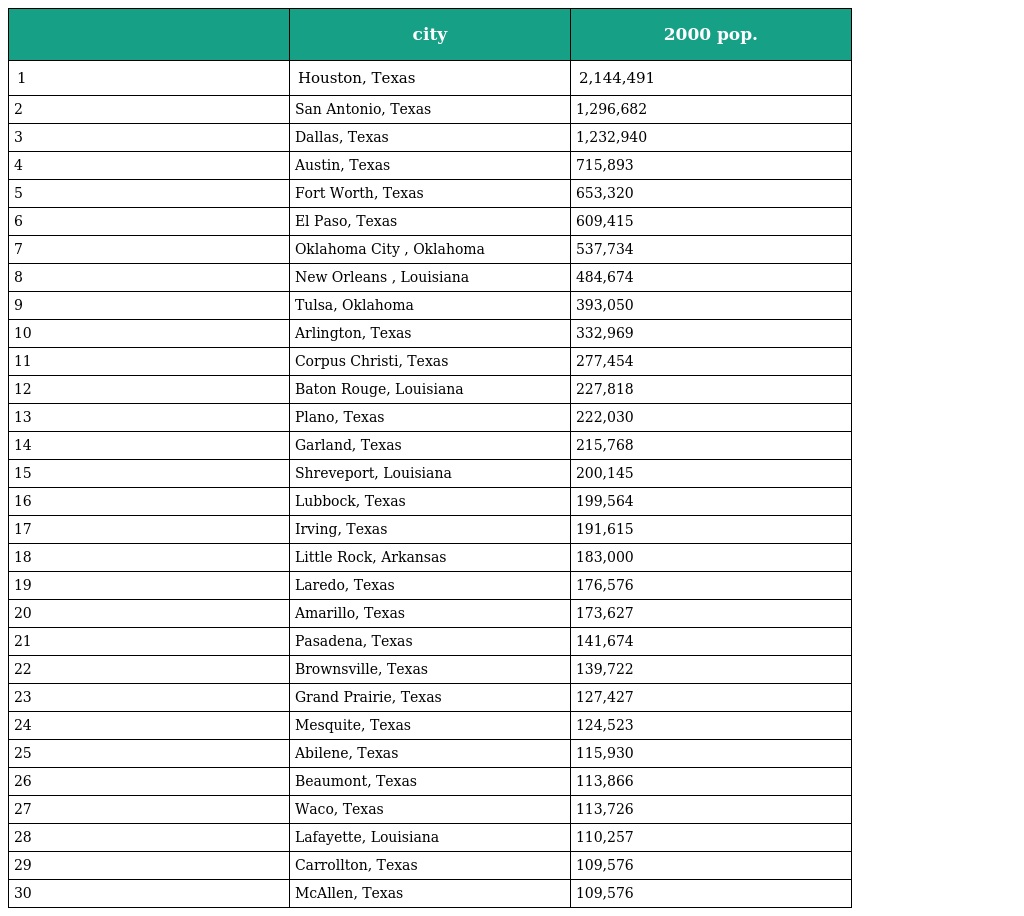
|  | city | 2000 pop. |
 | --- | --- | --- |
 | 1 | Houston, Texas | 2,144,491 |
 | 2 | San Antonio, Texas | 1,296,682 |
 | 3 | Dallas, Texas | 1,232,940 |
 | 4 | Austin, Texas | 715,893 |
 | 5 | Fort Worth, Texas | 653,320 |
 | 6 | El Paso, Texas | 609,415 |
 | 7 | Oklahoma City , Oklahoma | 537,734 |
 | 8 | New Orleans , Louisiana | 484,674 |
 | 9 | Tulsa, Oklahoma | 393,050 |
 | 10 | Arlington, Texas | 332,969 |
 | 11 | Corpus Christi, Texas | 277,454 |
 | 12 | Baton Rouge, Louisiana | 227,818 |
 | 13 | Plano, Texas | 222,030 |
 | 14 | Garland, Texas | 215,768 |
 | 15 | Shreveport, Louisiana | 200,145 |
 | 16 | Lubbock, Texas | 199,564 |
 | 17 | Irving, Texas | 191,615 |
 | 18 | Little Rock, Arkansas | 183,000 |
 | 19 | Laredo, Texas | 176,576 |
 | 20 | Amarillo, Texas | 173,627 |
 | 21 | Pasadena, Texas | 141,674 |
 | 22 | Brownsville, Texas | 139,722 |
 | 23 | Grand Prairie, Texas | 127,427 |
 | 24 | Mesquite, Texas | 124,523 |
 | 25 | Abilene, Texas | 115,930 |
 | 26 | Beaumont, Texas | 113,866 |
 | 27 | Waco, Texas | 113,726 |
 | 28 | Lafayette, Louisiana | 110,257 |
 | 29 | Carrollton, Texas | 109,576 |
 | 30 | McAllen, Texas | 109,576 |